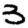
Digit: 3